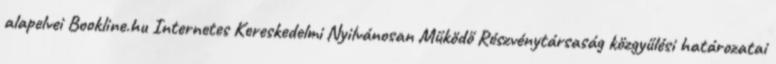
alapelvei Bookline.hu Internetes Kereskedelmi Nyilvánosan Működő Részvénytársaság közgyűlési határozatai